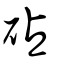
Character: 砧